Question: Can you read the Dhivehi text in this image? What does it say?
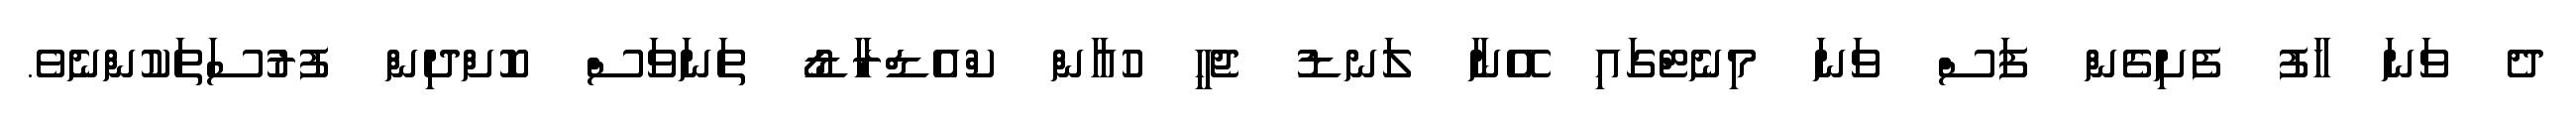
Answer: ދެ ވަނަ ހާފު ފެށިގެން ފަސް ވަނަ މިނެޓްގައި އޭނާ ލަނޑު ޖެހީ ހުއާން ކްއެޑްރާޑޯ ތަނަވަސް ކޮށްދިން ފުރުސަތަކުންނެވެ.